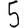
Digit: 5